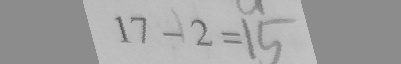
1 7 - 2 = 1 5